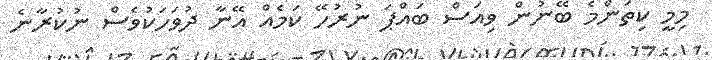
މިމީ ކިތަންމެ ބޭނުން ވިއަސް ބައްޕަ ނުރުހޭ ކަމެއް އޭނާ ދުވަހަކުވެސް ނުކުރާނެ